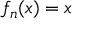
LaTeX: \ f _ { n } ( x ) = x